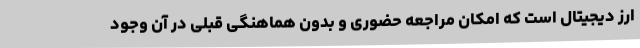
ارز دیجیتال است که امکان مراجعه حضوری و بدون هماهنگی قبلی در آن وجود